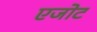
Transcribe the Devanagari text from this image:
एजोट